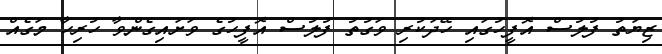
ޒިޔަތު ފުލުސް އޮފީހުގައި ހޭދަކުރި ވަގުތު ފުލުސް އޮފީހުގެ ވަށައިގެންވާ ހުރިހާ މަގެއް